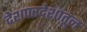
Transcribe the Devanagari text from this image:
देशपरदेशांतून